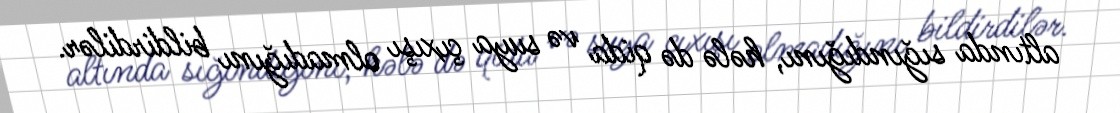
altında sığındığını, hələ də qida və suya çıxışı olmadığını bildirdilər.